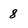
Character: 8